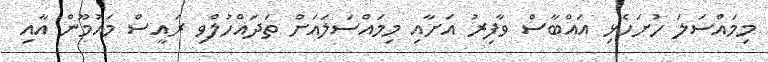
މިމައްސަލަ ހުށަހެޅި އައްބާސް ވާފިރު އަށާއި މިމައްސަލައަށް ތަދައްހުލްވި ރައީސް މައުމޫން އާއި